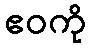
ဧဝကို